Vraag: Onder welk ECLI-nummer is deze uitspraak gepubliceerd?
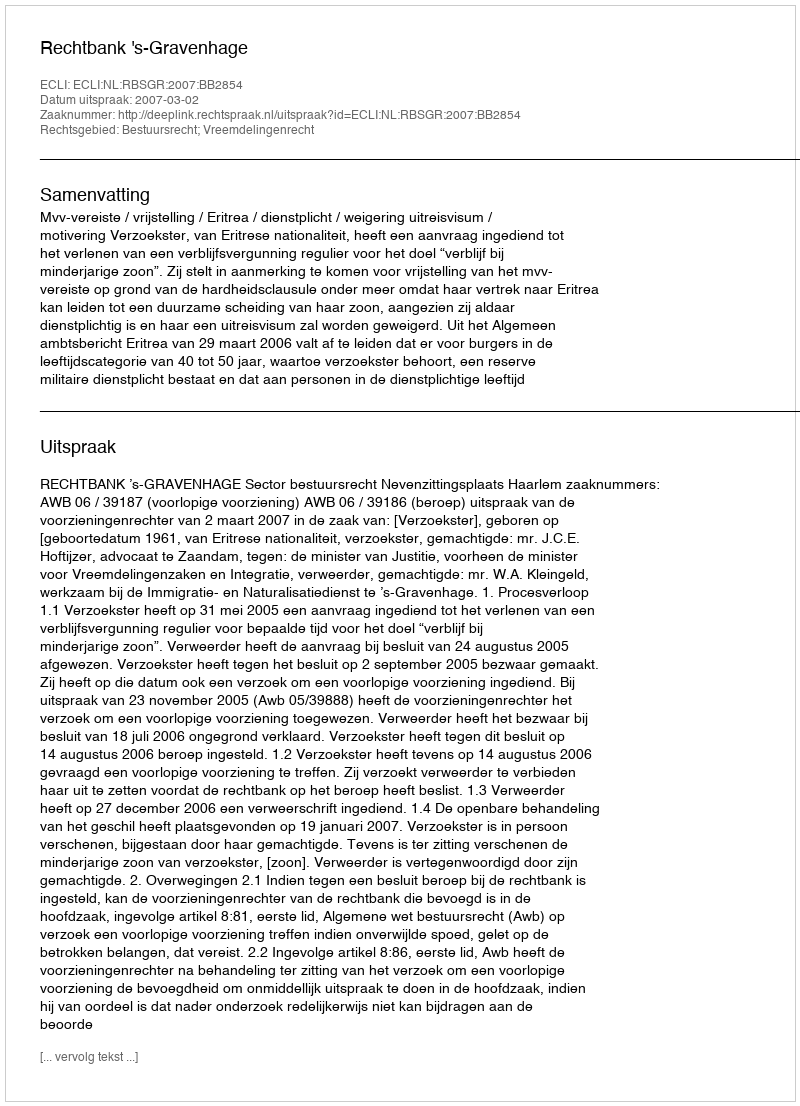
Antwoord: ECLI:NL:RBSGR:2007:BB2854